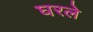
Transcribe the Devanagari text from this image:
घरले